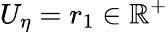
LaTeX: U_{\eta}=r_{1}\in\mathbb{R}^{+}